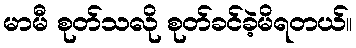
မာမီ စုတ်သလို စုတ်ခင်ခဲ့မိရတယ်။